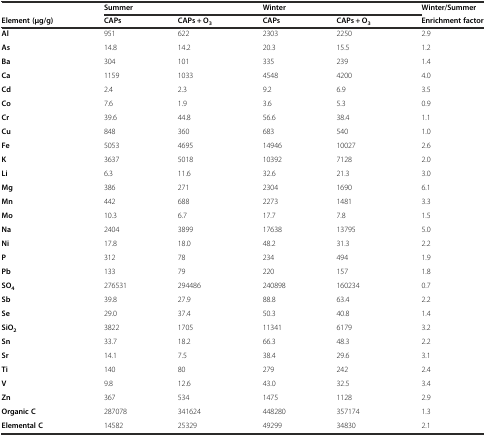
<table><thead><tr><td></td><td colspan="2"><b>Summer</b></td><td colspan="2"><b>Winter</b></td><td><b>Winter/Summer</b></td></tr><tr><td><b>Element (μg/g)</b></td><td><b>CAPs</b></td><td><b>CAPs + O<sub>3</sub></b></td><td><b>CAPs</b></td><td><b>CAPs + O<sub>3</sub></b></td><td><b>Enrichment factor</b></td></tr></thead><tbody><tr><td><b>Al</b></td><td>951</td><td>622</td><td>2303</td><td>2250</td><td>2.9</td></tr><tr><td><b>As</b></td><td>14.8</td><td>14.2</td><td>20.3</td><td>15.5</td><td>1.2</td></tr><tr><td><b>Ba</b></td><td>304</td><td>101</td><td>335</td><td>239</td><td>1.4</td></tr><tr><td><b>Ca</b></td><td>1159</td><td>1033</td><td>4548</td><td>4200</td><td>4.0</td></tr><tr><td><b>Cd</b></td><td>2.4</td><td>2.3</td><td>9.2</td><td>6.9</td><td>3.5</td></tr><tr><td><b>Co</b></td><td>7.6</td><td>1.9</td><td>3.6</td><td>5.3</td><td>0.9</td></tr><tr><td><b>Cr</b></td><td>39.6</td><td>44.8</td><td>56.6</td><td>38.4</td><td>1.1</td></tr><tr><td><b>Cu</b></td><td>848</td><td>360</td><td>683</td><td>540</td><td>1.0</td></tr><tr><td><b>Fe</b></td><td>5053</td><td>4695</td><td>14946</td><td>10027</td><td>2.6</td></tr><tr><td><b>K</b></td><td>3637</td><td>5018</td><td>10392</td><td>7128</td><td>2.0</td></tr><tr><td><b>Li</b></td><td>6.3</td><td>11.6</td><td>32.6</td><td>21.3</td><td>3.0</td></tr><tr><td><b>Mg</b></td><td>386</td><td>271</td><td>2304</td><td>1690</td><td>6.1</td></tr><tr><td><b>Mn</b></td><td>442</td><td>688</td><td>2273</td><td>1481</td><td>3.3</td></tr><tr><td><b>Mo</b></td><td>10.3</td><td>6.7</td><td>17.7</td><td>7.8</td><td>1.5</td></tr><tr><td><b>Na</b></td><td>2404</td><td>3899</td><td>17638</td><td>13795</td><td>5.0</td></tr><tr><td><b>Ni</b></td><td>17.8</td><td>18.0</td><td>48.2</td><td>31.3</td><td>2.2</td></tr><tr><td><b>P</b></td><td>312</td><td>78</td><td>234</td><td>494</td><td>1.9</td></tr><tr><td><b>Pb</b></td><td>133</td><td>79</td><td>220</td><td>157</td><td>1.8</td></tr><tr><td><b>SO</b><sub><b>4</b></sub></td><td>276531</td><td>294486</td><td>240898</td><td>160234</td><td>0.7</td></tr><tr><td><b>Sb</b></td><td>39.8</td><td>27.9</td><td>88.8</td><td>63.4</td><td>2.2</td></tr><tr><td><b>Se</b></td><td>29.0</td><td>37.4</td><td>50.3</td><td>40.8</td><td>1.4</td></tr><tr><td><b>SiO</b><sub><b>2</b></sub></td><td>3822</td><td>1705</td><td>11341</td><td>6179</td><td>3.2</td></tr><tr><td><b>Sn</b></td><td>33.7</td><td>18.2</td><td>66.3</td><td>48.3</td><td>2.2</td></tr><tr><td><b>Sr</b></td><td>14.1</td><td>7.5</td><td>38.4</td><td>29.6</td><td>3.1</td></tr><tr><td><b>Ti</b></td><td>140</td><td>80</td><td>279</td><td>242</td><td>2.4</td></tr><tr><td><b>V</b></td><td>9.8</td><td>12.6</td><td>43.0</td><td>32.5</td><td>3.4</td></tr><tr><td><b>Zn</b></td><td>367</td><td>534</td><td>1475</td><td>1128</td><td>2.9</td></tr><tr><td><b>Organic C</b></td><td>287078</td><td>341624</td><td>448280</td><td>357174</td><td>1.3</td></tr><tr><td><b>Elemental C</b></td><td>14582</td><td>25329</td><td>49299</td><td>34830</td><td>2.1</td></tr></tbody></table>